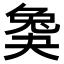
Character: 𡙖